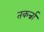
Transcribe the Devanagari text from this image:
तकर्न्ना